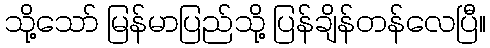
သို့သော် မြန်မာပြည်သို့ ပြန်ချိန်တန်လေပြီ။